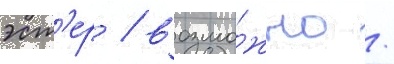
эст'ер / возмо́жно /